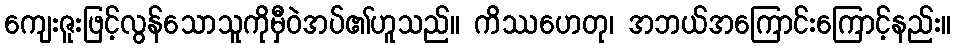
ကျေးဇူးဖြင့်လွန်သောသူကိုမှီဝဲအပ်၏ဟူသည်။ ကိဿဟေတု၊ အဘယ်အကြောင်းကြောင့်နည်း။